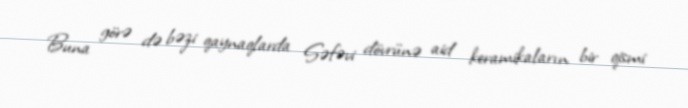
Buna görə də bəzi qaynaqlarda Səfəvi dövrünə aid keramikaların bir qismi